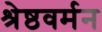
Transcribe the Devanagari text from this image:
श्रेष्ठवर्मन